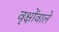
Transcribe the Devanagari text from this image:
वृक्षोंवाले